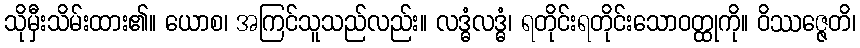
သိုမှီးသိမ်းထား၏။ ယောစ၊ အကြင်သူသည်လည်း။ လဒ္ဓံလဒ္ဓံ၊ ရတိုင်းရတိုင်းသောဝတ္ထုကို။ ဝိဿဇ္ဇေတိ၊